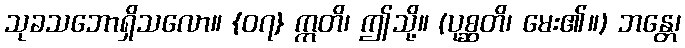
သုခသဘောရှိသလော။ {၀၇} ဣတိ၊ ဤသို့။ (ပုစ္ဆတိ၊ မေး၏။) ဘန္တေ၊